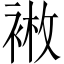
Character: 𫋿